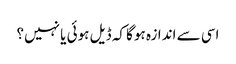
اسی سے اندازہ ہوگا کہ ڈیل ہوئی یا نہیں؟